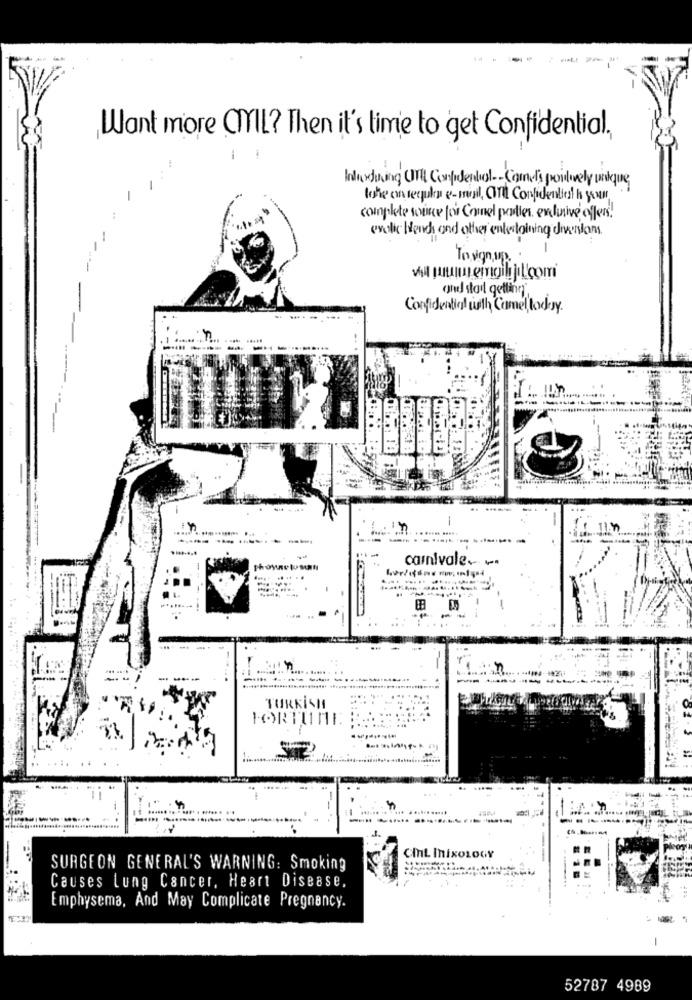
Want more OMIL? Then it's time to get Confidential,
take on regular e-mail, Or Confidential h your
complete source for Conel parties, exclusive offer.
exotic Weeks and other entertaining divenions.
To von up ..
wa pommmm emgil jol'com
one stadt getting'
Confidentiel with Camel,today.
-
In
-------.
-......
carnivale ... .
---
--
-
TURKISH
FORTUNE
-----
CML MixOLOGY
SURGEON GENERAL'S WARNING: Smoking
Causes Lung Cancer, Heart Disease,
Emphysema, And May Complicate Pregnancy.
-
52787 4989